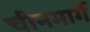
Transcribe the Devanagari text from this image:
चीनमार्गे